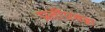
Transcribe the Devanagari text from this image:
प्रतींएवढा